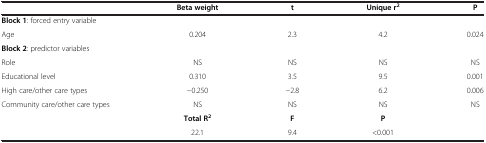
|  | Beta weight | t | Unique r2 | P |
 | --- | --- | --- | --- | --- |
 | Block 1: forced entry variable |  |  |  |  |
 | Age | 0.204 | 2.3 | 4.2 | 0.024 |
 | Block 2: predictor variables |  |  |  |  |
 | Role | NS | NS | NS | NS |
 | Educational level | 0.310 | 3.5 | 9.5 | 0.001 |
 | High care/other care types | −0.250 | −2.8 | 6.2 | 0.006 |
 | Community care/other care types | NS | NS | NS | NS |
 |  | Total R2 | F | P |  |
 |  | 22.1 | 9.4 | <0.001 |  |